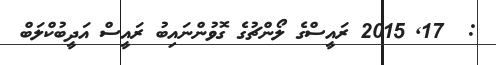
:  17